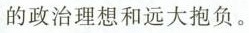
的政治理想和远大抱负。